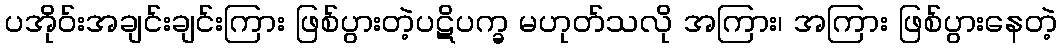
ပအိုဝ်းအချင်းချင်းကြား ဖြစ်ပွားတဲ့ပဋိပက္ခ မဟုတ်သလို အကြား၊ အကြား ဖြစ်ပွားနေတဲ့